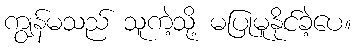
ကျွန်မသည် သူကဲ့သို့ မပြုမူနိုင်ခဲ့ပေ။